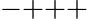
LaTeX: {-}{+}{+}{+}